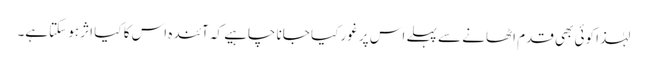
لہٰذا کوئی بھی قدم اٹھانے سے پہلے اس پر غور کیا جانا چاہیے کہ آئندہ اس کا کیا اثر ہو سکتاہے۔